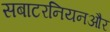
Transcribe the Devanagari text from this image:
सबाटरनियनऔर